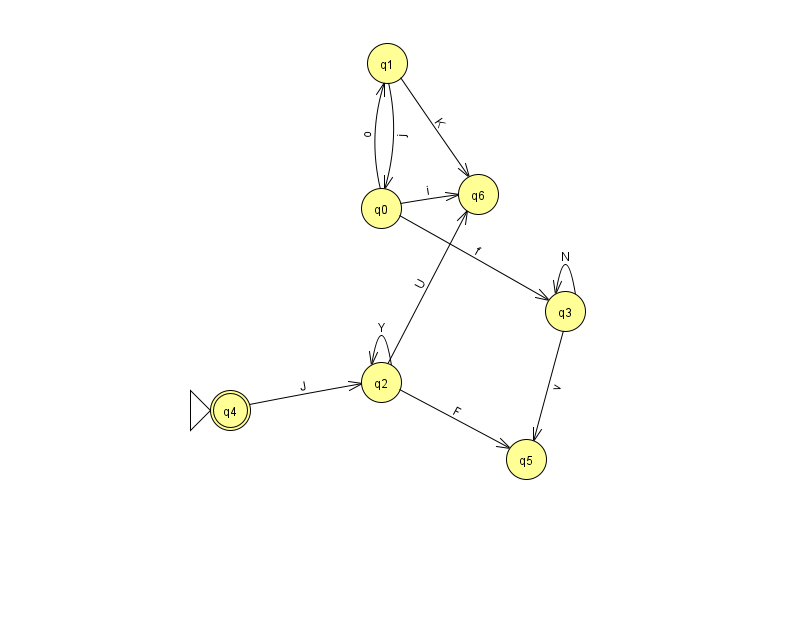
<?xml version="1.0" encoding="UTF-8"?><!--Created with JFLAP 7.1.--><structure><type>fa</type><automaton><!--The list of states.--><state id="0" name="q0"><x>381.0</x><y>195.0</y></state><state id="1" name="q1"><x>387.0</x><y>50.0</y></state><state id="2" name="q2"><x>381.0</x><y>369.0</y></state><state id="3" name="q3"><x>565.0</x><y>298.0</y></state><state id="4" name="q4"><x>230.0</x><y>397.0</y><initial/><final/></state><state id="5" name="q5"><x>526.0</x><y>446.0</y></state><state id="6" name="q6"><x>478.0</x><y>181.0</y></state><!--The list of transitions.--><transition><from>0</from><to>6</to><read>i</read></transition><transition><from>1</from><to>6</to><read>K</read></transition><transition><from>2</from><to>5</to><read>F</read></transition><transition><from>2</from><to>6</to><read>U</read></transition><transition><from>2</from><to>2</to><read>Y</read></transition><transition><from>3</from><to>5</to><read>v</read></transition><transition><from>1</from><to>0</to><read>j</read></transition><transition><from>0</from><to>3</to><read>f</read></transition><transition><from>3</from><to>3</to><read>N</read></transition><transition><from>0</from><to>1</to><read>o</read></transition><transition><from>4</from><to>2</to><read>J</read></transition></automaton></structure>